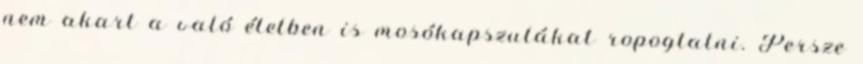
nem akart a való életben is mosókapszulákat ropogtatni. Persze